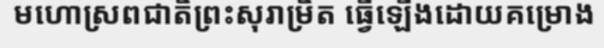
មហោស្រពជាតិព្រះសុរាម្រិត ធ្វើឡើងដោយគម្រោង